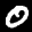
Label: 0